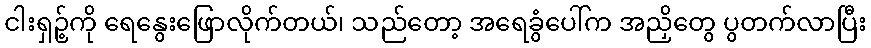
ငါးရှဉ့်ကို ရေနွေးဖြောလိုက်တယ်၊ သည်တော့ အရေခွံပေါ်က အညှိတွေ ပွတက်လာပြီး